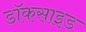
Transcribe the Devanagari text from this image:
डॉकसाइड